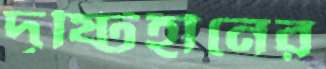
দৃষ্টিহীনের